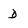
Character: D